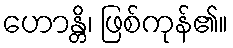
ဟောန္တိ၊ ဖြစ်ကုန်၏။